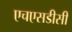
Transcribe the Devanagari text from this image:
एचएसडीसी